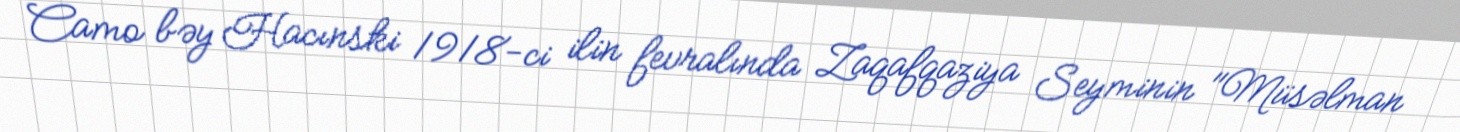
Camo bəy Hacınski 1918-ci ilin fevralında Zaqafqaziya Seyminin "Müsəlman